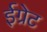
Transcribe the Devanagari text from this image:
ईग्रेट